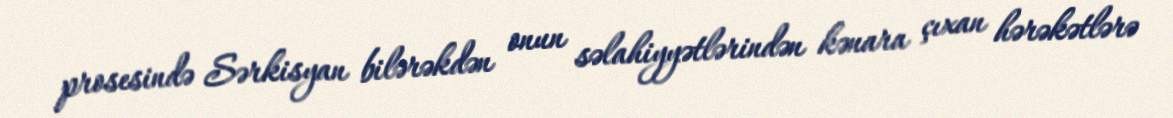
prosesində Sərkisyan bilərəkdən onun səlahiyyətlərindən kənara çıxan hərəkətlərə